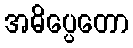
အဓိပ္ပေတော